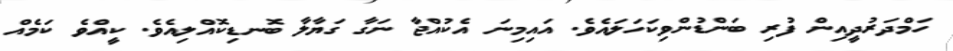
ހަމްދަރުދީއިން ފުރި ބަންޑުންވިކަހަލައެވެ. އައިމިނަ އެކުއްޖާ ނަގާ ގަޔާލާ ބޮނޑިކޮއްލިއެވެ. ކީއްވެ ކަމެއް